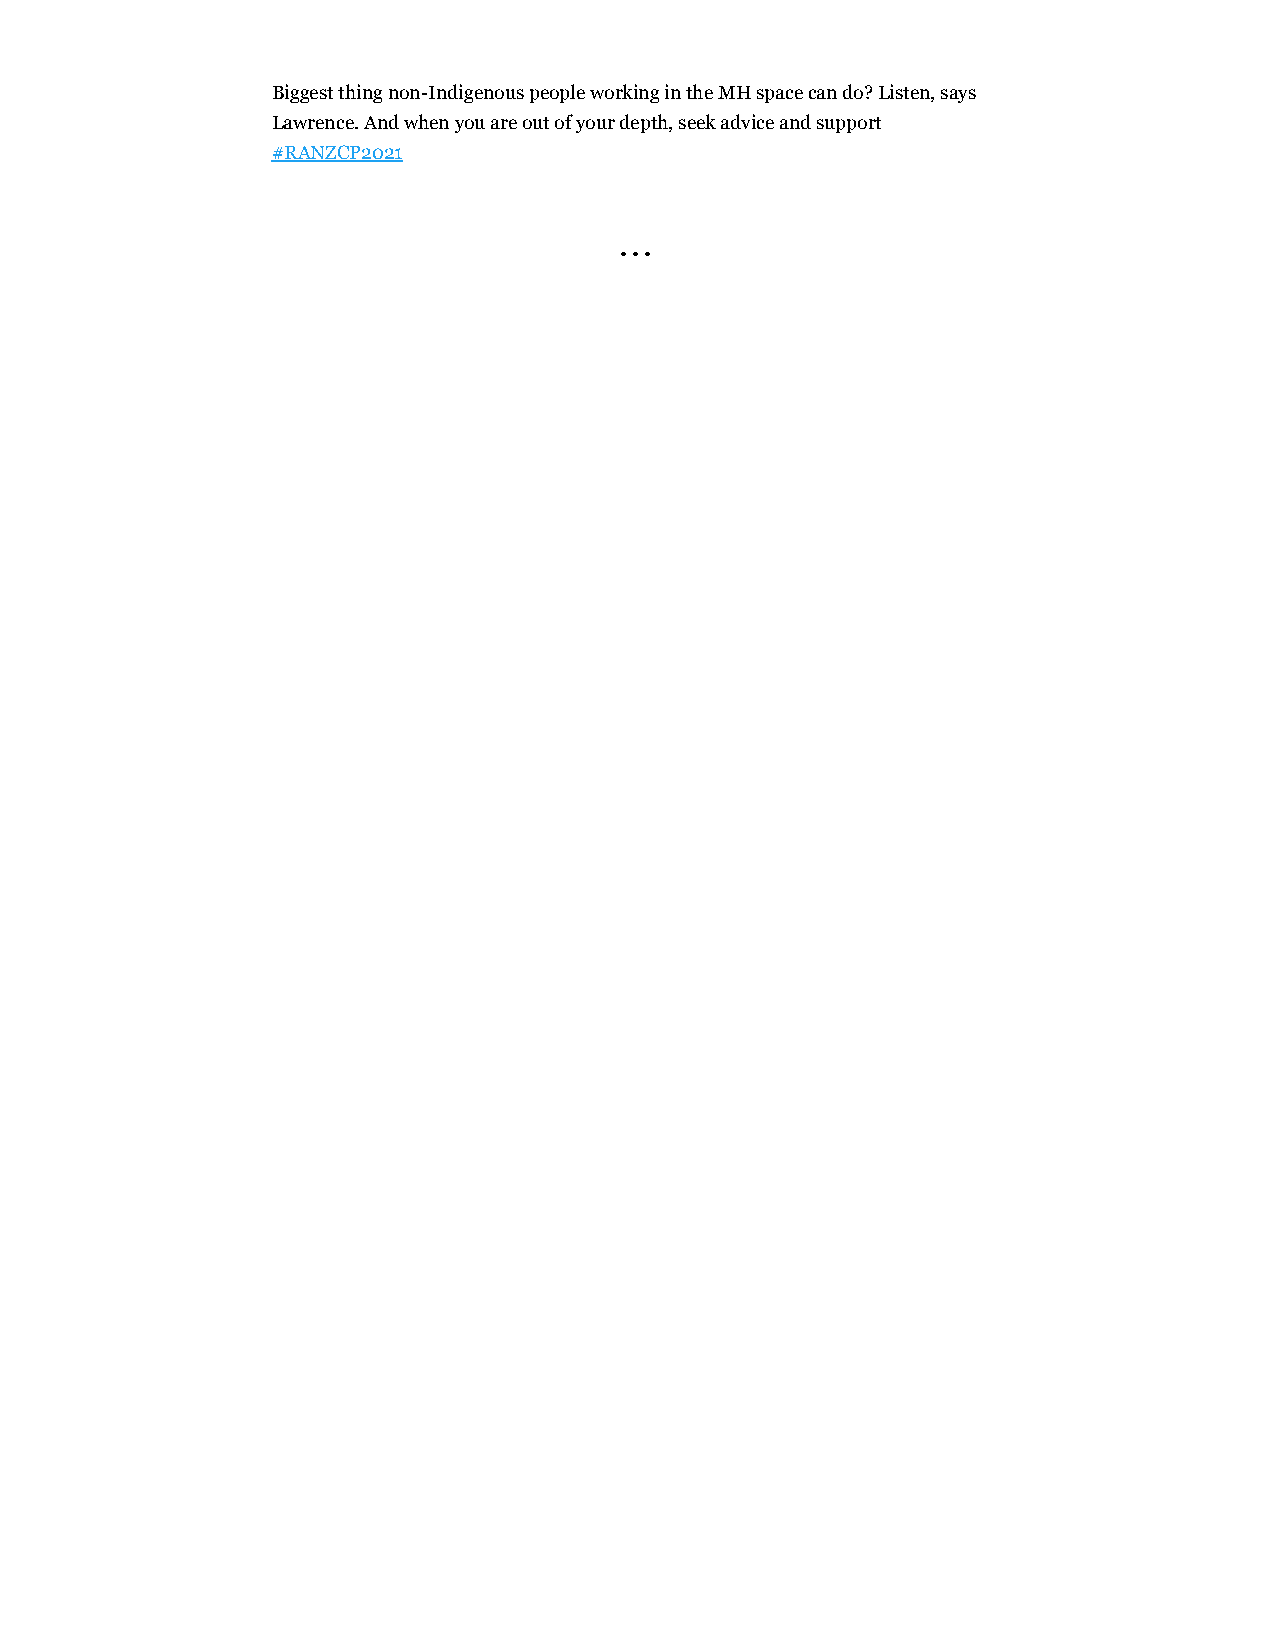
Biggest thing non-Indigenous people working in the MH space can do? Listen, says
 Lawrence. And when you are out of your depth, seek advice and support
 #RANZCP2021
 • • •